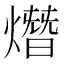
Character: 熸